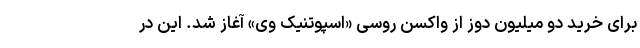
برای خرید دو میلیون دوز از واکسن روسی «اسپوتنیک وی» آغاز شد. این در